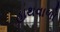
હાથવાળો